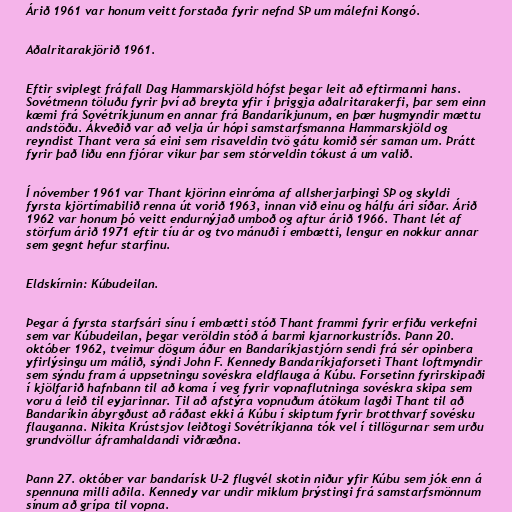
Árið 1961 var honum veitt forstaða fyrir nefnd SÞ um málefni Kongó.

Aðalritarakjörið 1961.

Eftir sviplegt fráfall Dag Hammarskjöld hófst þegar leit að eftirmanni hans.
Sovétmenn töluðu fyrir því að breyta yfir í þriggja aðalritarakerfi, þar sem einn
kæmi frá Sovétríkjunum en annar frá Bandaríkjunum, en þær hugmyndir mættu
andstöðu. Ákveðið var að velja úr hópi samstarfsmanna Hammarskjöld og
reyndist Thant vera sá eini sem risaveldin tvö gátu komið sér saman um. Þrátt
fyrir það liðu enn fjórar vikur þar sem stórveldin tókust á um valið.

Í nóvember 1961 var Thant kjörinn einróma af allsherjarþingi SÞ og skyldi
fyrsta kjörtímabilið renna út vorið 1963, innan við einu og hálfu ári síðar. Árið
1962 var honum þó veitt endurnýjað umboð og aftur árið 1966. Thant lét af
störfum árið 1971 eftir tíu ár og tvo mánuði í embætti, lengur en nokkur annar
sem gegnt hefur starfinu.

Eldskírnin: Kúbudeilan.

Þegar á fyrsta starfsári sínu í embætti stóð Thant frammi fyrir erfiðu verkefni
sem var Kúbudeilan, þegar veröldin stóð á barmi kjarnorkustríðs. Þann 20.
október 1962, tveimur dögum áður en Bandaríkjastjórn sendi frá sér opinbera
yfirlýsingu um málið, sýndi John F. Kennedy Bandaríkjaforseti Thant loftmyndir
sem sýndu fram á uppsetningu sovéskra eldflauga á Kúbu. Forsetinn fyrirskipaði
í kjölfarið hafnbann til að koma í veg fyrir vopnaflutninga sovéskra skipa sem
voru á leið til eyjarinnar. Til að afstýra vopnuðum átökum lagði Thant til að
Bandaríkin ábyrgðust að ráðast ekki á Kúbu í skiptum fyrir brotthvarf sovésku
flauganna. Nikita Krústsjov leiðtogi Sovétríkjanna tók vel í tillögurnar sem urðu
grundvöllur áframhaldandi viðræðna.

Þann 27. október var bandarísk U-2 flugvél skotin niður yfir Kúbu sem jók enn á
spennuna milli aðila. Kennedy var undir miklum þrýstingi frá samstarfsmönnum
sínum að grípa til vopna.